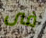
فى